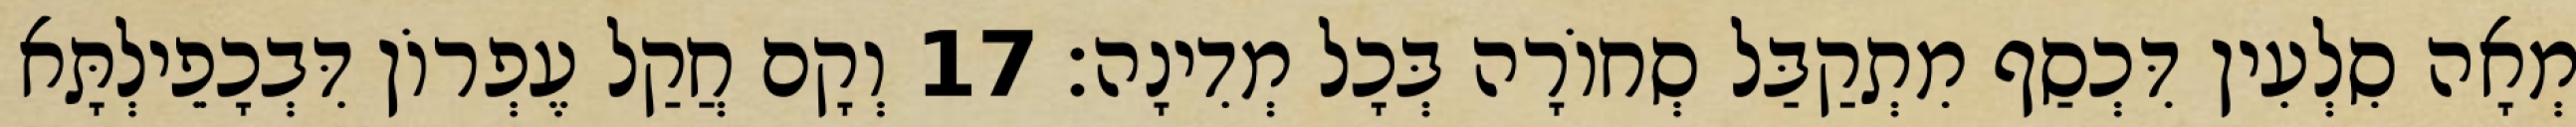
מְאָה סִלְעִין דִּכְסַף מִתְקַבַּל סְחוֹרָה בְּכָל מְדִינָה׃ 17 וְקָם חֲקַל עֶפְרוֹן דִּבְכָפֵילְתָּא